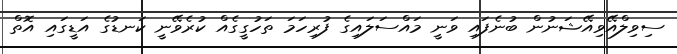
ސިވިލްއޭވިއޭޝަނުން ބުނެފައި ވަނީ މައްސަލައިގެ ފުރިހަމަ ތަހުގީގެއް ކުރެވޭނީ ކަނޑުގެ އަޑީގައި އޮތް